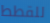
للقطط